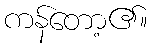
ကန်တော့၏။